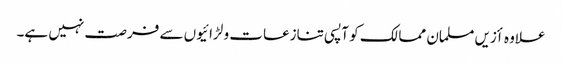
علاوہ أزیں مسلمان ممالک کو آپسی تنازعات و لڑائیوں سے فرصت نہیں ہے۔